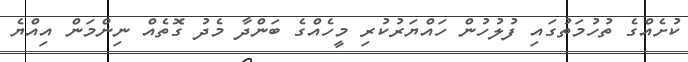
ކުށެއްގެ ތުހުމަތުގައި ފުލުހުން ހައްޔަރުކުރި މީހެއްގެ ބަންދާ މެދު ގޮތެއް ނިންމަން އިއްޔެ